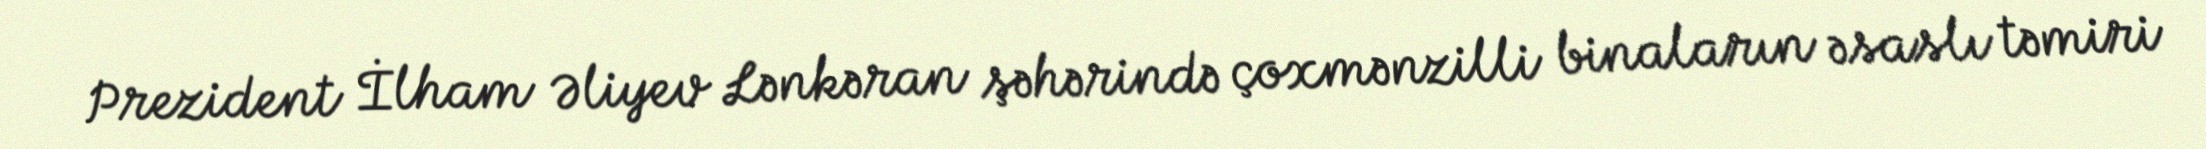
Prezident İlham Əliyev Lənkəran şəhərində çoxmənzilli binaların əsaslı təmiri